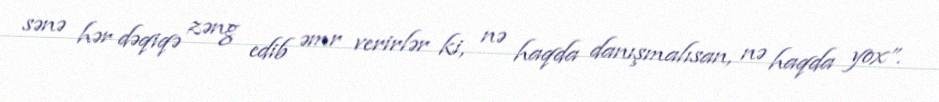
sənə hər dəqiqə zəng edib əmr verirlər ki, nə haqda danışmalısan, nə haqda yox”.